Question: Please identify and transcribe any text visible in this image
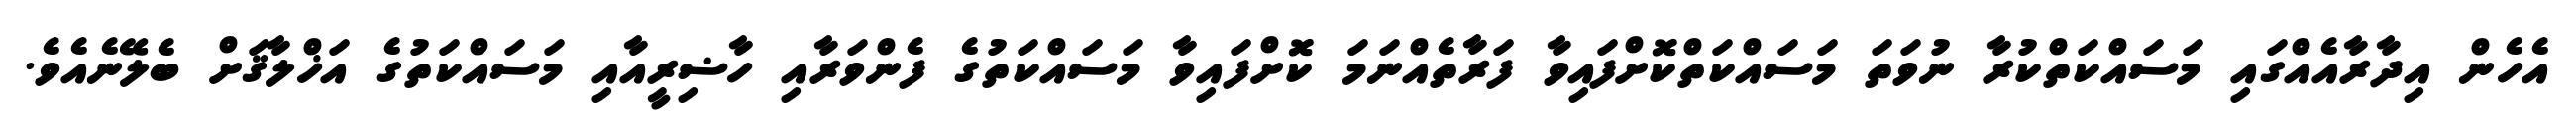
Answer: އެހެން އިދާރާއެއްގައި މަސައްކަތްކުރާ ނުވަތަ މަސައްކަތްކޮށްފައިވާ ފަރާތެއްނަމަ ކޮށްފައިވާ މަސައްކަތުގެ ފެންވަރާއި ހާޟިރީއާއި މަސައްކަތުގެ އަޚްލާޤަށް ބެލޭނެއެވެ.